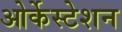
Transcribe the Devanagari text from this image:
ओर्केस्टेशन